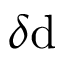
\delta \mathrm { d }